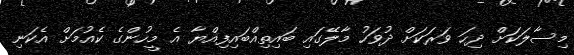
މިސާލަކަށް ދިހަ ވަރަކަށް ދުވަހު މާލޭގައި ބައިތިއްބައިފިއްޔާ އެ މީހުންގެ ކެއުމަށް އެކަނި